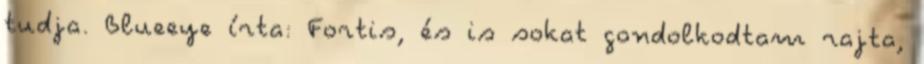
tudja. Blueeye írta: Fortis, és is sokat gondolkodtam rajta,